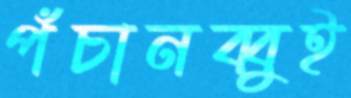
পঁচানব্বুই